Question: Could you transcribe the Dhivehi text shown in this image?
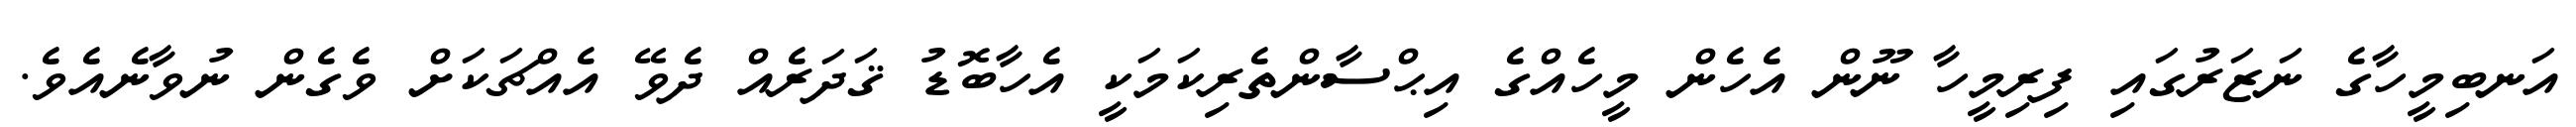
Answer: އަނބިމީހާގެ ނަޒަރުގައި ފިރިމީހާ ނޫން އެހެން މީހެއްގެ އިޙްސާންތެރިކަމަކީ އެހާބޮޑު ޤަދަރެއް ދެވޭ އެއްޗަކަށް ވެގެން ނުވާނެއެވެ.